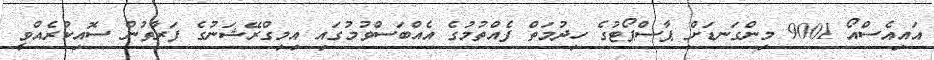
އައިއެސްއޯ 9001 މިންގަނޑަށް ޕާސްޕޯޓުގެ ހިދުމަތް ފެއްތުމުގެ އެއްބަސްވުމުގައި އިމިގްރޭޝަނުގެ ފަރާތުން ސޮއިކުރެއްވީ